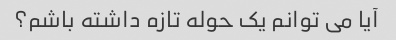
آیا می توانم یک حوله تازه داشته باشم؟